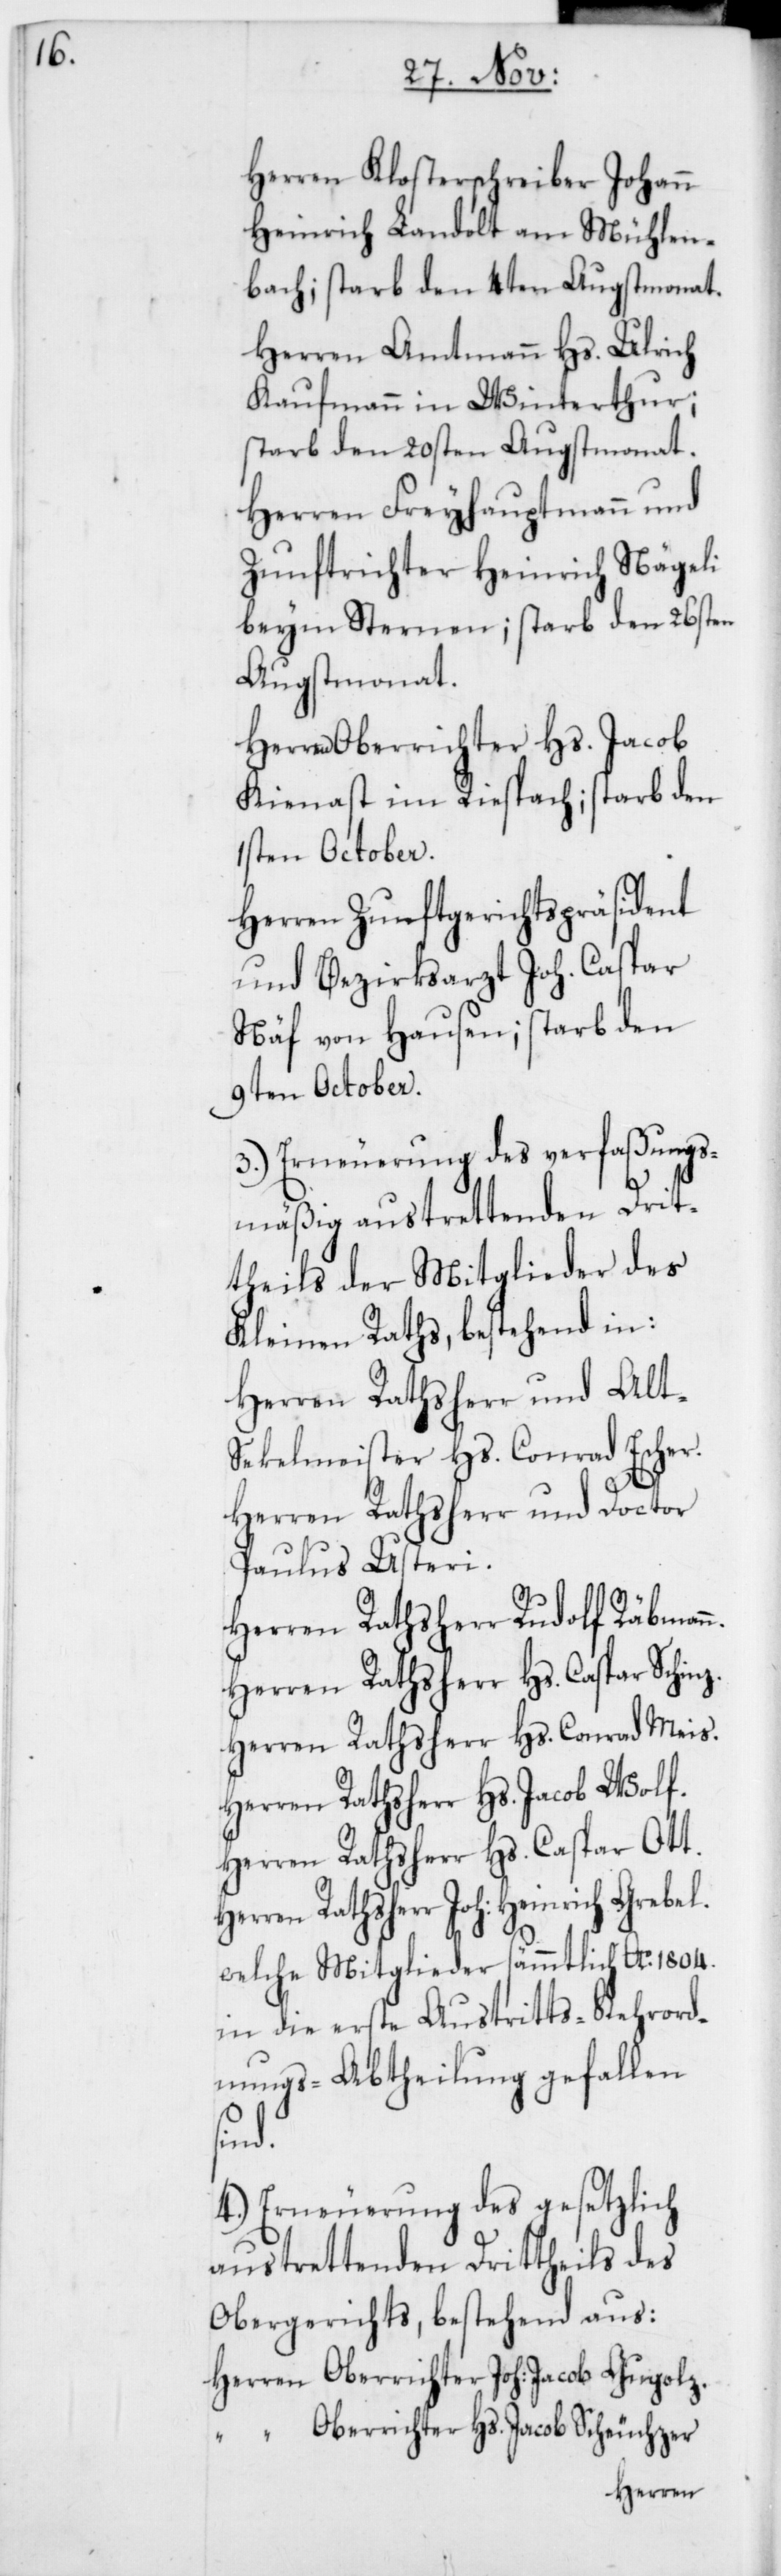
Herren Klosterschreiber Johann
Heinrich Landolt am Mühlen¬
bach; starb den 4ten Augstmonat.
Herren Amtmann Hs. Ulrich
Kaufmann in Winterthur;
starb den 20sten Augstmonat.
Herren Freyhauptmann und
Zunftrichter Heinrich Nägeli
beym Sternen; starb den 26sten
Augstmonat.
Herren Oberrichter Hs. Jacob
im Riesbach; starb den
1sten October.
Herren Zunftgerichtspräsident
und Bezirksarzt Joh. Caspar
Näf von Hausen; starb den
9ten October.
3.) Erneuerung des verfaßungs¬
mäßig austrettenden Drit¬
theils der Mitglieder des
Kleinen Raths, bestehend in:
Herren Rathsherr und alt
Sekelmeister Hs. Conrad Escher.
Herren Rathsherr und Doctor
Paulus Usteri.
Herren Rathsherr Joh. Heinrich
Herren Rathsherr Hs. Caspar Schinz.
Herren Rathsherr Hs. Conrad Meis.
Herren Rathsherr Hs. Jacob Wolf.
Herren Rathsherr Hs. Caspar Ott.
welche Mitglieder sämmtlich Ao 1804
in die erste Austritts-Kehrord¬
nungs-Abtheilung gefallen
zer.
4.) Erneuerung des gesetzlich
austrettenden Drittheils des
Obergerichts, bestehend aus:
Herren Oberrichter Joh. Jacob Gugolz.
“ Oberrichter Hs. Jacob Scheuch¬